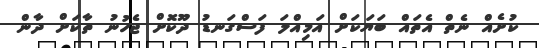
ކުށެއް ނެތް އެތައް ބަޔަކަށް އަމިއްލަ ފަސްގަނޑު ދޫކޮށް ޖެހުނު ތާކަށް ދާން